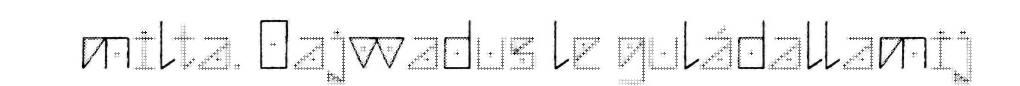
milta. Oajvvadus le guládallamij